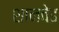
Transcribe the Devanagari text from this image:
शानवेइ